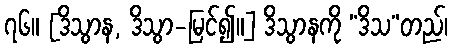
၇၆။ [ဒိသွာန, ဒိသွာ-မြင်၍။] ဒိသွာနကို “ဒိသ”တည်၊